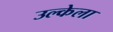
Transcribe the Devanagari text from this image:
उल्केला